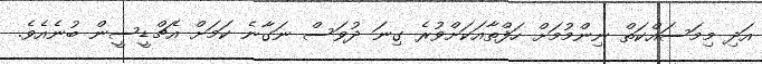
އަދި މިމަސައްކަތް ނިންމުމަށް ހަފްތާއަކަށްވުރެ ގިނަ ދުވަސް ނަގާނެ ކަމަށް އެޗްޑީސީން ބުނެއެވެ.